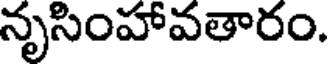
నృసింహావతారం.